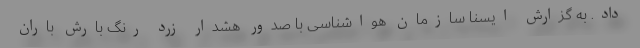
داد. به گزارش ایسنا سازمان هواشناسی با صدور هشدار زرد رنگ بارش باران